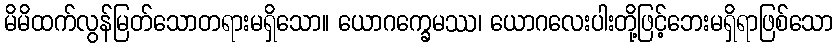
မိမိထက်လွန်မြတ်သောတရားမရှိသော။ ယောဂက္ခေမဿ၊ ယောဂလေးပါးတို့ဖြင့်ဘေးမရှိရာဖြစ်သော